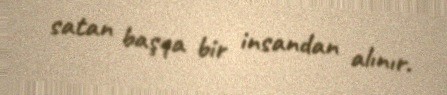
satan başqa bir insandan alınır.